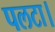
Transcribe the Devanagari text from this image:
पलटा।